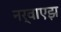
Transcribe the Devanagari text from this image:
नर्वाएझ